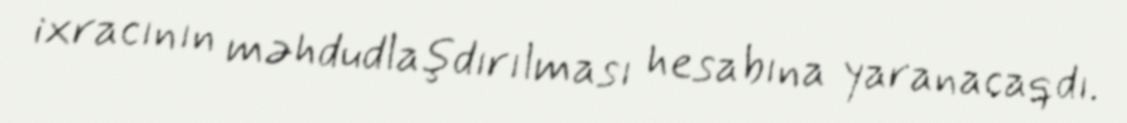
ixracının məhdudlaşdırılması hesabına yaranacaqdı.